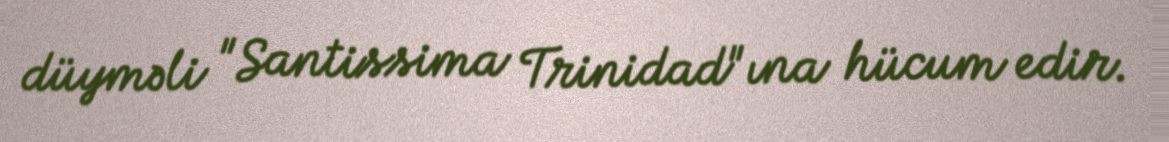
düyməli "Santissima Trinidad"ına hücum edir.